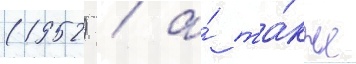
(1952) / а́ та́кже